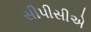
સીપીસીએ